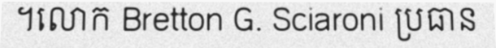
។លោក Bretton G. Sciaroni ប្រធាន